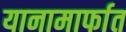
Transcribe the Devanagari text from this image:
यानामार्फात